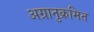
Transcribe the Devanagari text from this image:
अग्रानुक्रमित